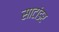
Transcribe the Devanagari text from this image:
साटांडर